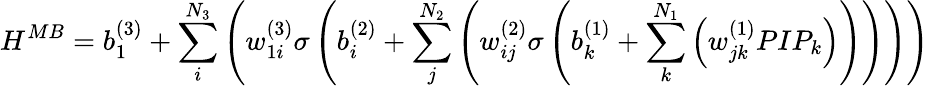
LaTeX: H^{MB}=b_{1}^{(3)}+\sum_{i}^{N_{3}}\left(w_{1i}^{(3)}\sigma\left(b_{i}^{(2)}+\sum_{j}^{N_{2}}\left(w_{ij}^{(2)}\sigma\left(b_{k}^{(1)}+\sum_{k}^{N_{1}}\left(w_{jk}^{(1)}PIP_{k}\right)\right)\right)\right)\right)